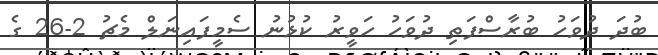
ބުދަ ދުވަހު ބުރާސްފަތި ދުވަހު ހަވީރު ކުޅުނު ސެމީފައިނަލް މެޗު 2-26 ގެ